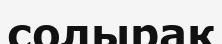
солырақ